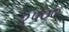
૨૫૦૦